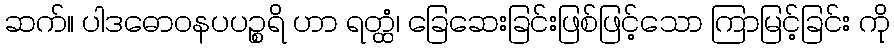
ဆက်။ ပါဒဓောဝနပပဉ္စရိ ဟာ ရတ္ထံ၊ ခြေဆေးခြင်းဖြစ်ဖြင့်သော ကြာမြင့်ခြင်း ကို